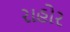
રાહોર